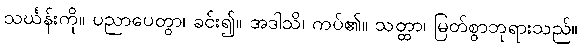
သင်္ဃန်းကို။ ပညာပေတွာ၊ ခင်း၍။ အဒါသိ၊ ကပ်၏။ သတ္ထာ၊ မြတ်စွာဘုရားသည်။